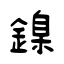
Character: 鎳